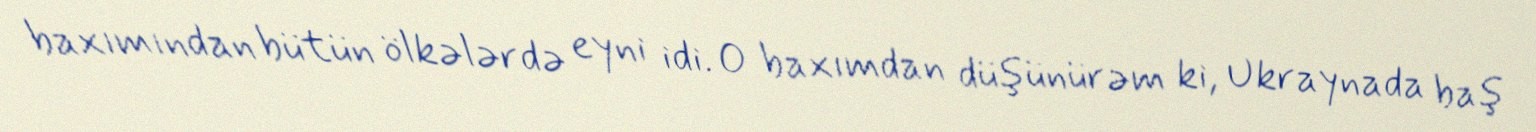
baxımından bütün ölkələrdə eyni idi. O baxımdan düşünürəm ki, Ukraynada baş